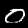
Label: 0